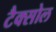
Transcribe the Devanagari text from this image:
टैक्सोल